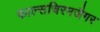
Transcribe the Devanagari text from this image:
फाल्सचिरमजैगर